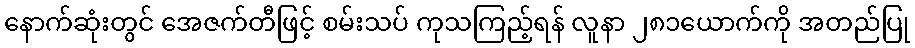
နောက်ဆုံးတွင် အေဇက်တီဖြင့် စမ်းသပ် ကုသကြည့်ရန် လူနာ ၂၈၁ယောက်ကို အတည်ပြု